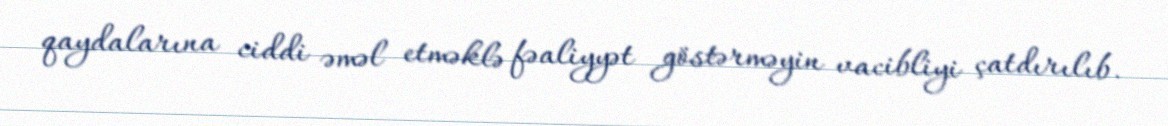
qaydalarına ciddi əməl etməklə fəaliyyət göstərməyin vacibliyi çatdırılıb.